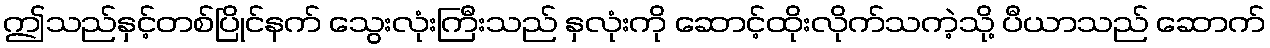
ဤသည်နှင့်တစ်ပြိုင်နက် သွေးလုံးကြီးသည် နှလုံးကို ဆောင့်ထိုးလိုက်သကဲ့သို့ ပီယာသည် ဆောက်